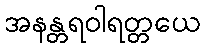
အနန္တရဝါရတ္တယေ